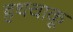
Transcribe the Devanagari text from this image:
हथचाकू